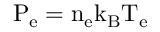
\mathrm { P _ { e } = n _ { e } k _ { B } T _ { e } }